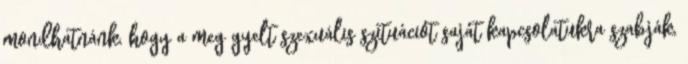
mondhatnánk, hogy a megﬁgyelt szexuális szituációt saját kapcsolatukra szabják,